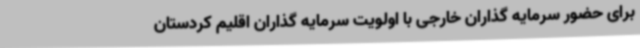
برای حضور سرمایه گذاران خارجی با اولویت سرمایه گذاران اقلیم کردستان